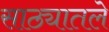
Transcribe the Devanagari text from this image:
साठ्यातले